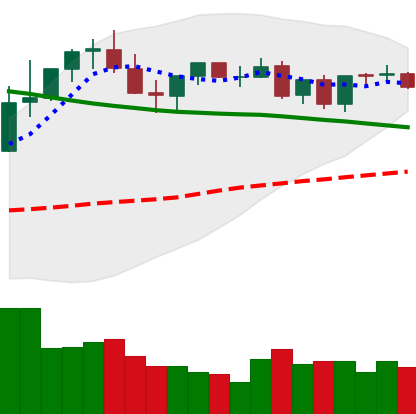
Ticker: TRX-USD
Chart end date: 2021-08-30
Forward return: 17.958%
Label: up_7plus